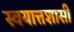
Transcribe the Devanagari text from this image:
स्वयात्तशासी